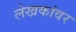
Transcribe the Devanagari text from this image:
लेखकांवर